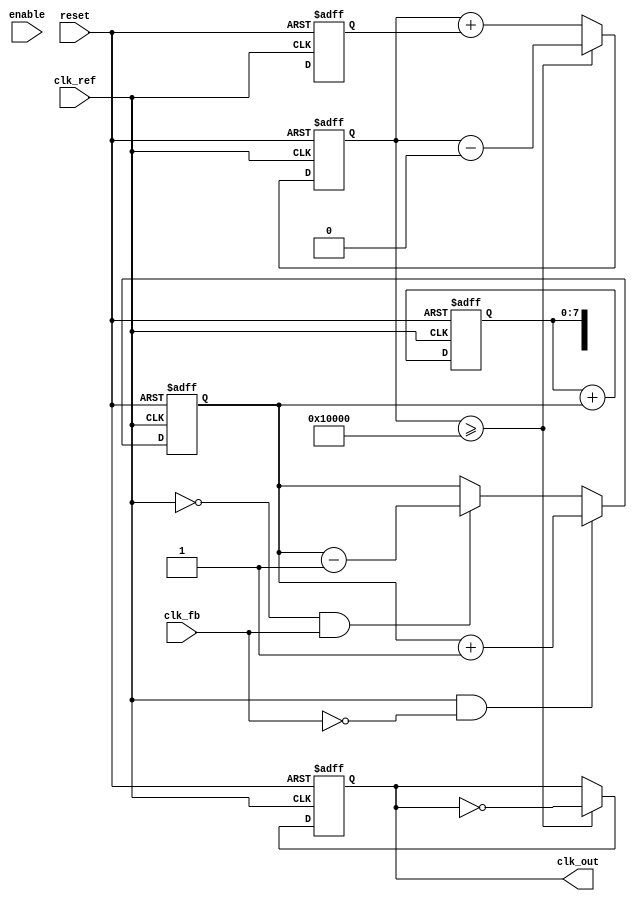
module ADPLL (
    input wire clk_ref,        // Reference clock
    input wire clk_fb,         // Feedback clock
    input wire reset,          // Reset signal
    input wire enable,         // Enable signal
    output reg clk_out         // Output clock
);

// Parameters
parameter NCO_WIDTH = 16;     // NCO control word width
parameter LF_WIDTH = 8;        // Loop filter width
parameter MEMORY_DEPTH = 256;  // Depth of memory blocks

// Internal signals
reg [NCO_WIDTH-1:0] nco_control; // Control word for NCO
reg [LF_WIDTH-1:0] loop_filter_output; // Output of loop filter
reg [NCO_WIDTH-1:0] phase_accumulator; // Phase accumulator for NCO
reg [LF_WIDTH-1:0] phase_difference; // Phase difference from PD
reg [MEMORY_DEPTH-1:0] memory [0:MEMORY_DEPTH-1]; // Memory blocks for phase information
integer i;

// Phase Detector (PD)
always @(posedge clk_ref or posedge reset) begin
    if (reset) begin
        phase_difference <= 0;
    end else begin
        // Simple phase detection logic (can be replaced with more complex logic)
        if (clk_ref && !clk_fb)
            phase_difference <= phase_difference + 1; // Phase advance
        else if (!clk_ref && clk_fb)
            phase_difference <= phase_difference - 1; // Phase delay
    end
end

// Loop Filter (LF)
always @(posedge clk_ref or posedge reset) begin
    if (reset) begin
        loop_filter_output <= 0;
    end else begin
        // Simple low-pass filter example (can be optimized)
        loop_filter_output <= loop_filter_output + phase_difference[LF_WIDTH-1:0];
    end
end

// Numerically Controlled Oscillator (NCO)
always @(posedge clk_ref or posedge reset) begin
    if (reset) begin
        nco_control <= 0;
        phase_accumulator <= 0;
        clk_out <= 0;
    end else begin
        // Update NCO control word and phase accumulator
        nco_control <= loop_filter_output[NCO_WIDTH-1:0];
        phase_accumulator <= phase_accumulator + nco_control;

        // Generate output clock (simple toggle based on phase accumulator)
        if (phase_accumulator >= (1 << NCO_WIDTH)) begin
            clk_out <= ~clk_out; // Toggle output clock
            phase_accumulator <= phase_accumulator - (1 << NCO_WIDTH);
        end
    end
end

// Memory Blocks (example of storing control words)
always @(posedge clk_ref or posedge reset) begin
    if (reset) begin
        for (i = 0; i < MEMORY_DEPTH; i = i + 1) begin
            memory[i] <= 0; // Initialize memory
        end
    end else if (enable) begin
        // Store and retrieve control words (example logic)
        // Here, we simply dump the control word into memory
        memory[0] <= nco_control; // Store the control word in memory
    end
end

endmodule